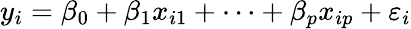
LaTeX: y_{i}=\beta_{0}+\beta_{1}x_{i1}+\cdots+\beta_{p}x_{ip}+\varepsilon_{i}